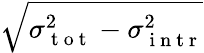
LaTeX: \sqrt{\sigma_{\mathrm{~t~o~t~}}^{2}-\sigma_{\mathrm{~i~n~t~r~}}^{2}}